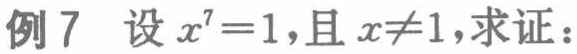
例7 设\(x^{7}=1\)，且\(x\neq1\)，求证：